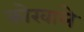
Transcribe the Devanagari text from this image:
कोरवाले